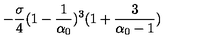
- \frac { \sigma } { 4 } ( 1 - \frac { 1 } { \alpha _ { 0 } } ) ^ { 3 } ( 1 + \frac { 3 } { \alpha _ { 0 } - 1 } )